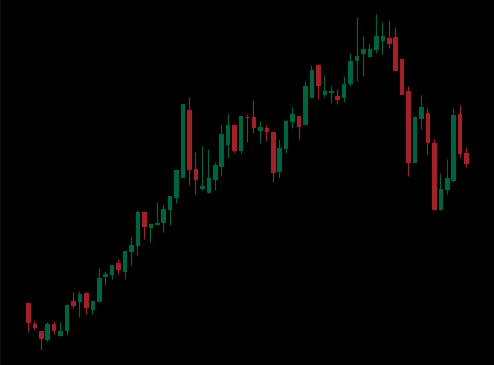
Pattern: bear_flag